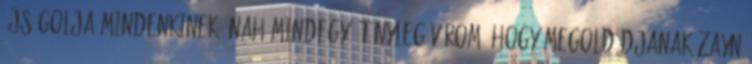
újságolja mindenkinek. Nah mindegy. Tényleg várom, hogy megoldódjanak Zayn